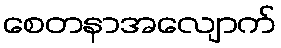
စေတနာအလျောက်